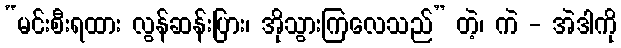
“မင်းစီးရထား လွန်ဆန်းပြား၊ အိုသွားကြလေသည်” တဲ့၊ ကဲ - အဲဒါကို